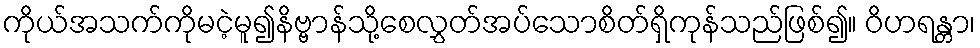
ကိုယ်အသက်ကိုမငဲ့မူ၍နိဗ္ဗာန်သို့စေလွှတ်အပ်သောစိတ်ရှိကုန်သည်ဖြစ်၍။ ဝိဟရန္တာ၊